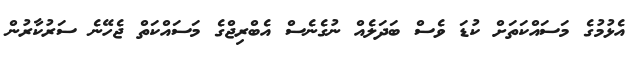
އެޅުމުގެ މަސައްކަތަށް ކުޑަ ވެސް ބަދަލެެއް ނުގެނެސް އެބްރިޖްގެ މަސައްކަތް ޖެހޭނެ ސަރުކާރުން